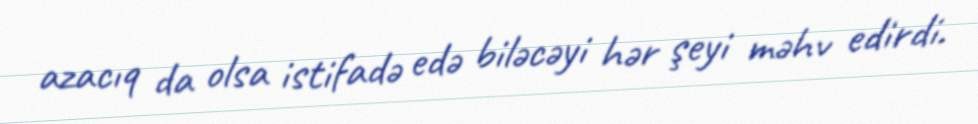
azacıq da olsa istifadə edə biləcəyi hər şeyi məhv edirdi.